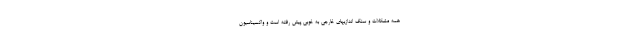
همه مشکلات و سنگ اندازیهای خارجی به خوبی پیش رفته است و واکسیناسیون